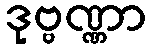
ဒုဗ္ဗဏ္ဏာ